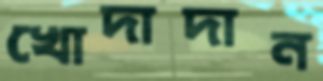
খোদাদান